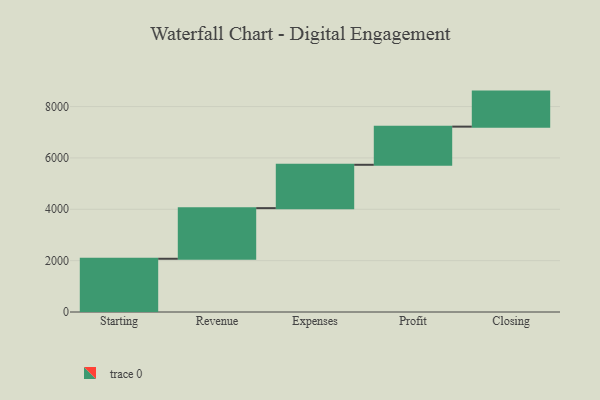
{"axis": {"x": "Step", "y": "Value"}, "legend": [""], "data": [{"x": "Starting", "y": 2073.0, "type": ""}, {"x": "Revenue", "y": 1971.0, "type": ""}, {"x": "Expenses", "y": 1688.0, "type": ""}, {"x": "Profit", "y": 1486.0, "type": ""}, {"x": "Closing", "y": 1364.0, "type": ""}]}